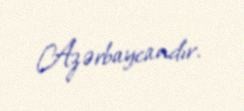
Azərbaycandır.